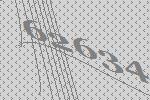
62634